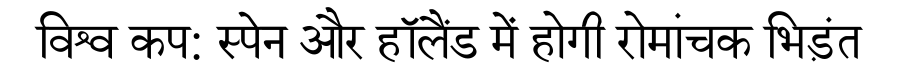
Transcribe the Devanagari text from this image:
विश्व कप: स्पेन और हॉलैंड में होगी रोमांचक भिड़ंत